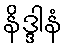
နိဒ္ဒါနံ